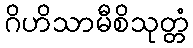
ဂိဟိသာမီစိသုတ္တံ